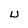
Character: U